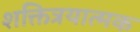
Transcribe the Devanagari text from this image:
शक्तित्रयात्मक